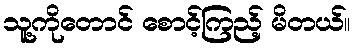
သူ့ကိုတောင် စောင့်ကြည့် မိတယ်။